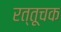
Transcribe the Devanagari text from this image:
रत्तूचक